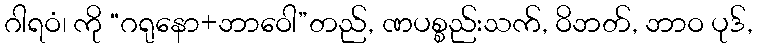
ဂါရဝံ၊ ကို “ဂရုနော+ဘာဝေါ”တည်, ဏပစ္စည်းသက်, ဝိဘတ်, ဘာဝ ပုဒ်,